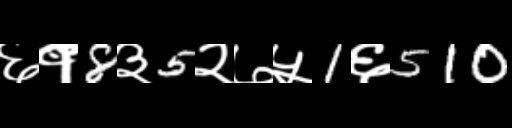
Text: ६१8३5२७५1६510